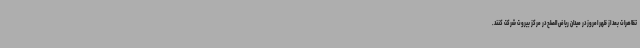
تظاهرات بعد از ظهر امروز در میدان ریاض الصلح در مرکز بیروت شرکت کنند.